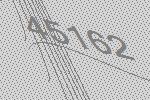
45162